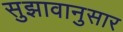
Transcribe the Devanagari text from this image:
सुझावानुसार